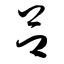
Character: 吕